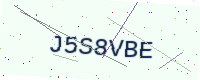
Text: J5S8VBE